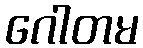
ဂေါတမ